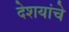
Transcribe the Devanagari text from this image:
देशयांचे